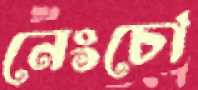
নেংচো